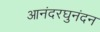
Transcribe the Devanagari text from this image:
आनंदरघुनंदन